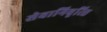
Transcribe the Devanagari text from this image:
सेवानिवृत्‍ति